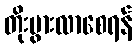
တိုးပွားလာစေရန်